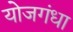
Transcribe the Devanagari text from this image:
योजगंधा